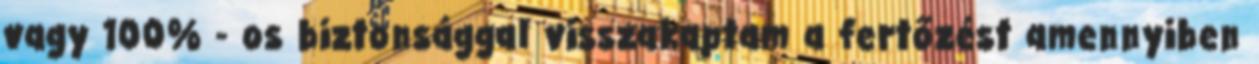
vagy 100% - os biztonsággal visszakaptam a fertőzést amennyiben